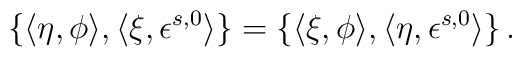
\{ \langle\eta ,\phi \rangle,\langle\xi ,\epsilon^{s,0} \rangle\}=\{ \langle\xi ,\phi \rangle,\langle\eta ,\epsilon^{s,0} \rangle\}\,.